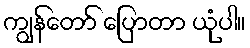
ကျွန်တော် ပြောတာ ယုံပါ။